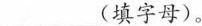
___(填字母)。